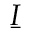
\boldsymbol { \underbar I }